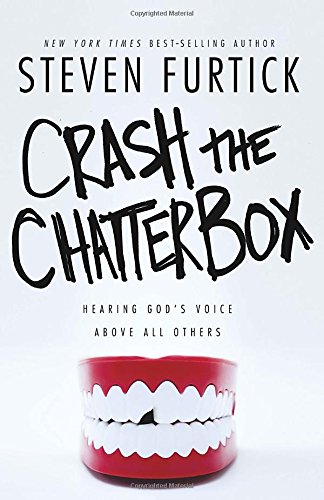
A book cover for Crash the Chatterbox: Hearing God's Voice Above All Others; Steven Furtick; Self-Help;